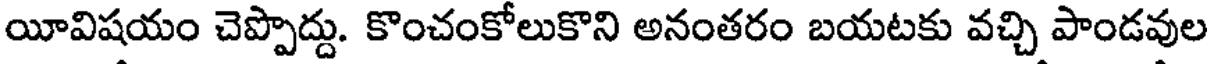
యీవిషయం చెప్పొద్దు. కొంచంకోలుకొని అనంతరం బయటకు వచ్చి పాండవుల